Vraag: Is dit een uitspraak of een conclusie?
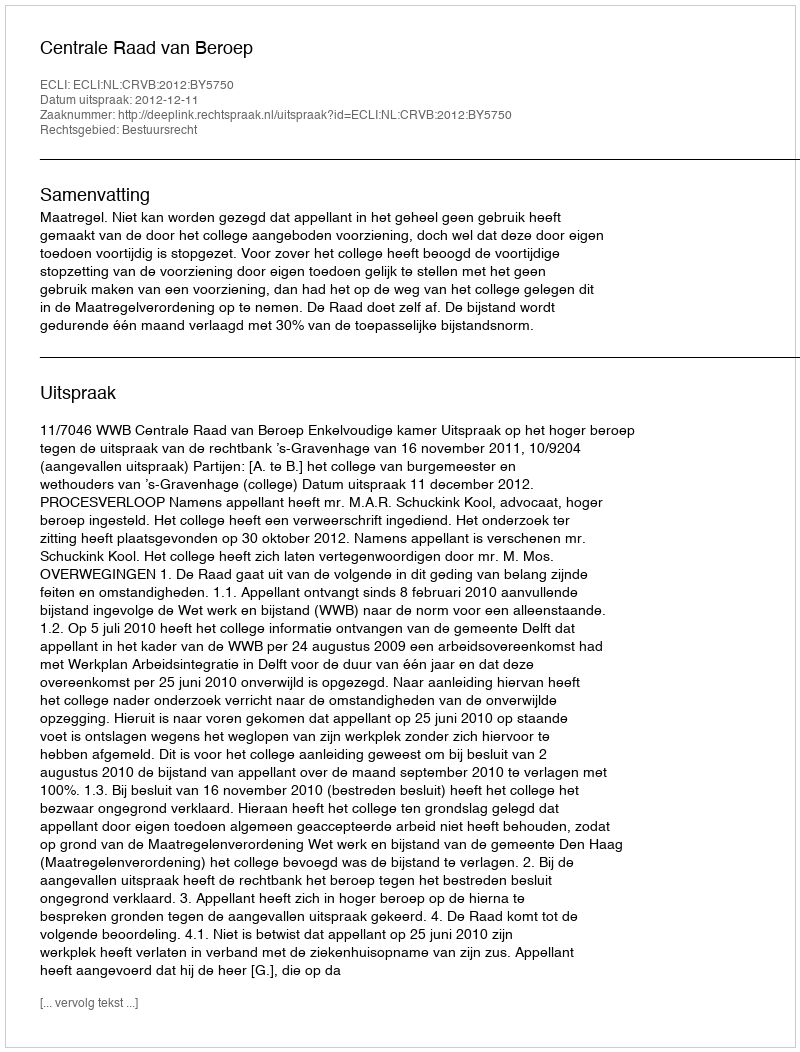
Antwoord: Uitspraak